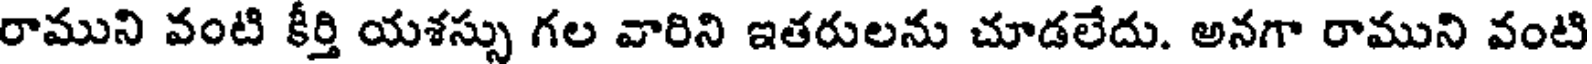
రాముని వంటి కీర్తి యశస్సు గల వారిని ఇతరులను చూడలేదు. అనగా రాముని వంటి